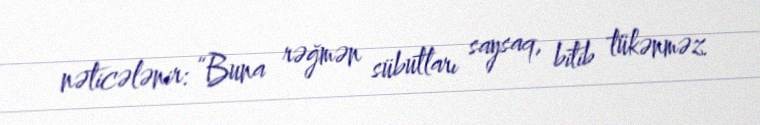
nəticələnir: “Buna rəğmən sübutları saysaq, bitib tükənməz.